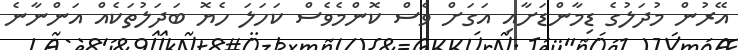
އޭރުން މުދަލުގެ ޑިމާންޑަށާއި އަގަށް ވެސް ކޮންމެވެސް ކަހަލަ ހެޔޮ ބަދަލުތަކެއް އަންނާނެ